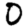
Digit: 0